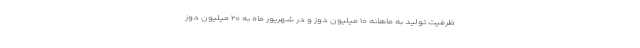
ظرفیت تولید به ماهانه ۱۰ میلیون دوز و در شهریور ماه به ۲۰ میلیون دوز